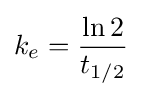
k_{e}={\frac {\ln 2}{t_{1/2}}}